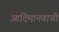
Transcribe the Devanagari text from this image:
आदिमानवाची